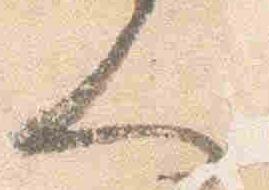
人